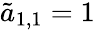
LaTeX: \tilde{a}_{1,1}=1